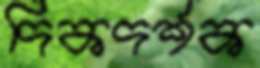
দিকদর্শক